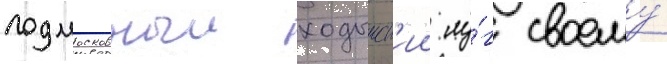
подмосковныи ходынск'ии лу́г своему́